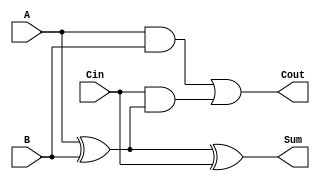
module RippleCarryFullAdder (
    input wire A,      // First input bit
    input wire B,      // Second input bit
    input wire Cin,    // Carry-in bit
    output wire Sum,   // Sum output
    output wire Cout   // Carry-out output
);

// Sum calculation using XOR gates
assign Sum = A ^ B ^ Cin;

// Carry-out calculation using AND and OR gates
assign Cout = (A & B) | (Cin & (A ^ B));

endmodule